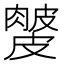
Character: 𥀙